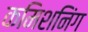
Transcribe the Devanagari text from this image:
कमिशनिंग